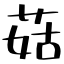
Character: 菇